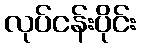
လုပ်ငန်းပိုင်း